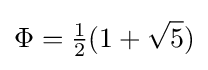
\Phi ={\tfrac {1}{2}}(1+{\sqrt {5}})